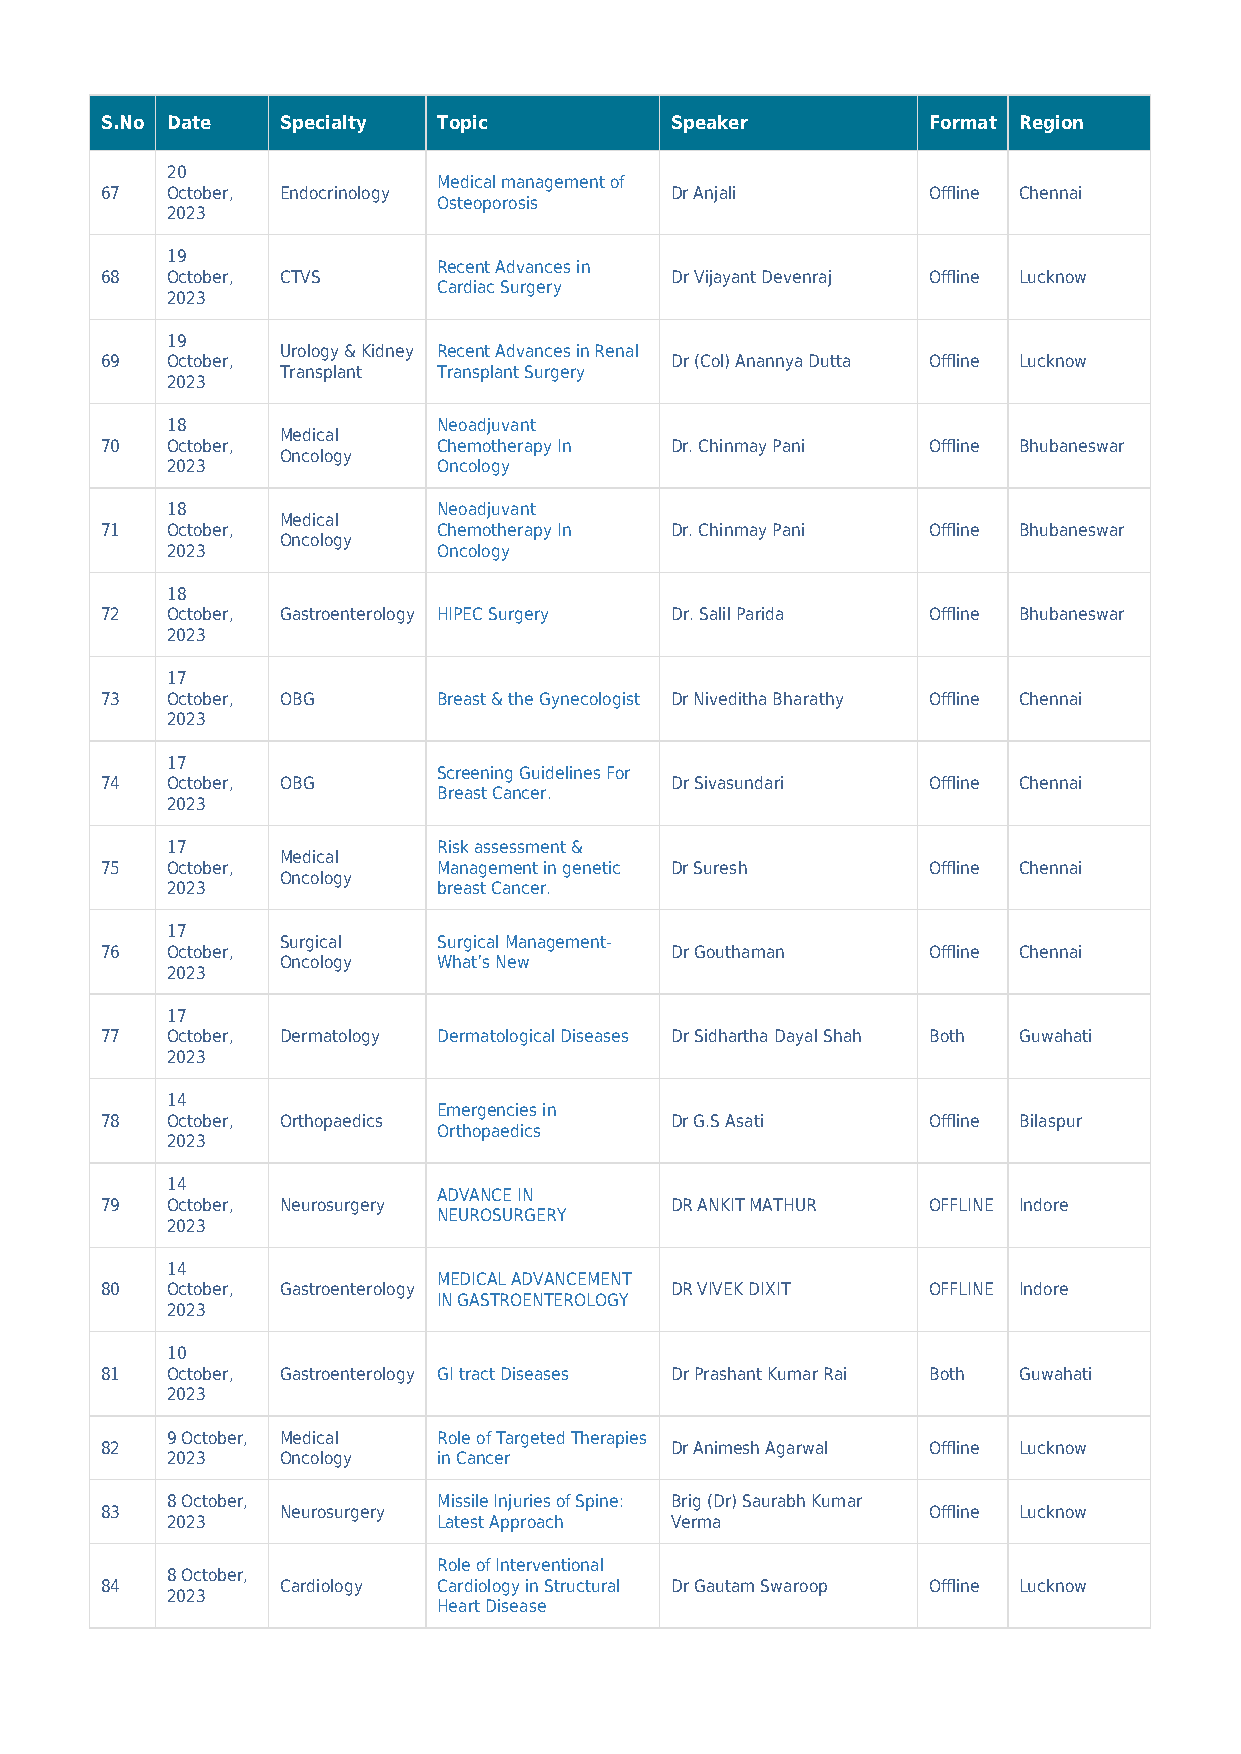
S.No Date   Specialty Topic          Speaker          Format Region
 20
 Medical management of
 67  October, Endocrinology           Dr Anjali        Offline Chennai
 Osteoporosis
 2023
 19
 Recent Advances in
 68  October, CTVS                    Dr Vijayant Devenraj Offline Lucknow
 Cardiac Surgery
 2023
 19
 Urology & Kidney Recent Advances in Renal
 69  October,                         Dr (Col) Anannya Dutta Offline Lucknow
 Transplant Transplant Surgery
 2023
 18                Neoadjuvant
 Medical
 70  October,          Chemotherapy In Dr. Chinmay Pani Offline Bhubaneswar
 Oncology
 2023              Oncology
 18                Neoadjuvant
 Medical
 71  October,          Chemotherapy In Dr. Chinmay Pani Offline Bhubaneswar
 Oncology
 2023              Oncology
 18
 72  October, Gastroenterology HIPEC Surgery Dr. Salil Parida Offline Bhubaneswar
 2023
 17
 73  October, OBG      Breast & the Gynecologist Dr Niveditha Bharathy Offline Chennai
 2023
 17
 Screening Guidelines For
 74  October, OBG                     Dr Sivasundari   Offline Chennai
 Breast Cancer.
 2023
 17                Risk assessment &
 Medical
 75  October,          Management in genetic Dr Suresh Offline Chennai
 Oncology
 2023              breast Cancer.
 17
 Surgical  Surgical Management-
 76  October,                         Dr Gouthaman     Offline Chennai
 Oncology  What’s New
 2023
 17
 77  October, Dermatology Dermatological Diseases Dr Sidhartha Dayal Shah Both Guwahati
 2023
 14
 Emergencies in
 78  October, Orthopaedics            Dr G.S Asati     Offline Bilaspur
 Orthopaedics
 2023
 14
 ADVANCE IN
 79  October, Neurosurgery            DR ANKIT MATHUR  OFFLINE Indore
 NEUROSURGERY
 2023
 14
 MEDICAL ADVANCEMENT
 80  October, Gastroenterology        DR VIVEK DIXIT   OFFLINE Indore
 IN GASTROENTEROLOGY
 2023
 10
 81  October, Gastroenterology GI tract Diseases Dr Prashant Kumar Rai Both Guwahati
 2023
 9 October, Medical Role of Targeted Therapies
 82                                   Dr Animesh Agarwal Offline Lucknow
 2023    Oncology  in Cancer
 8 October,        Missile Injuries of Spine: Brig (Dr) Saurabh Kumar
 83          Neurosurgery                              Offline Lucknow
 2023              Latest Approach Verma
 Role of Interventional
 8 October,
 84          Cardiology Cardiology in Structural Dr Gautam Swaroop Offline Lucknow
 2023
 Heart Disease